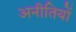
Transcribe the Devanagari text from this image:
अनीतियों